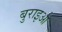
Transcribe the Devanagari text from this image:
बुराइओ